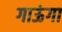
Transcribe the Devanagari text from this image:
गाऊंगा